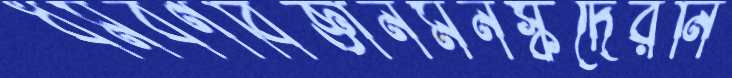
ধর্মবর্ণবিজ্ঞানমনস্কদেরনি